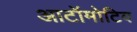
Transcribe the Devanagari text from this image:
आटॉमोटिव